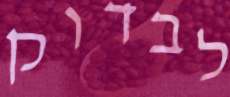
לבדוק